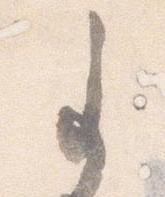
事